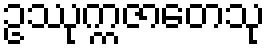
ဥဿုက္ကဇာတေသု